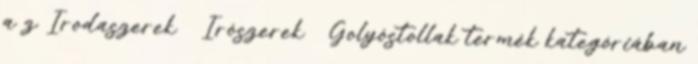
a z Irodaszerek Írószerek Golyóstollak termék kategóriában